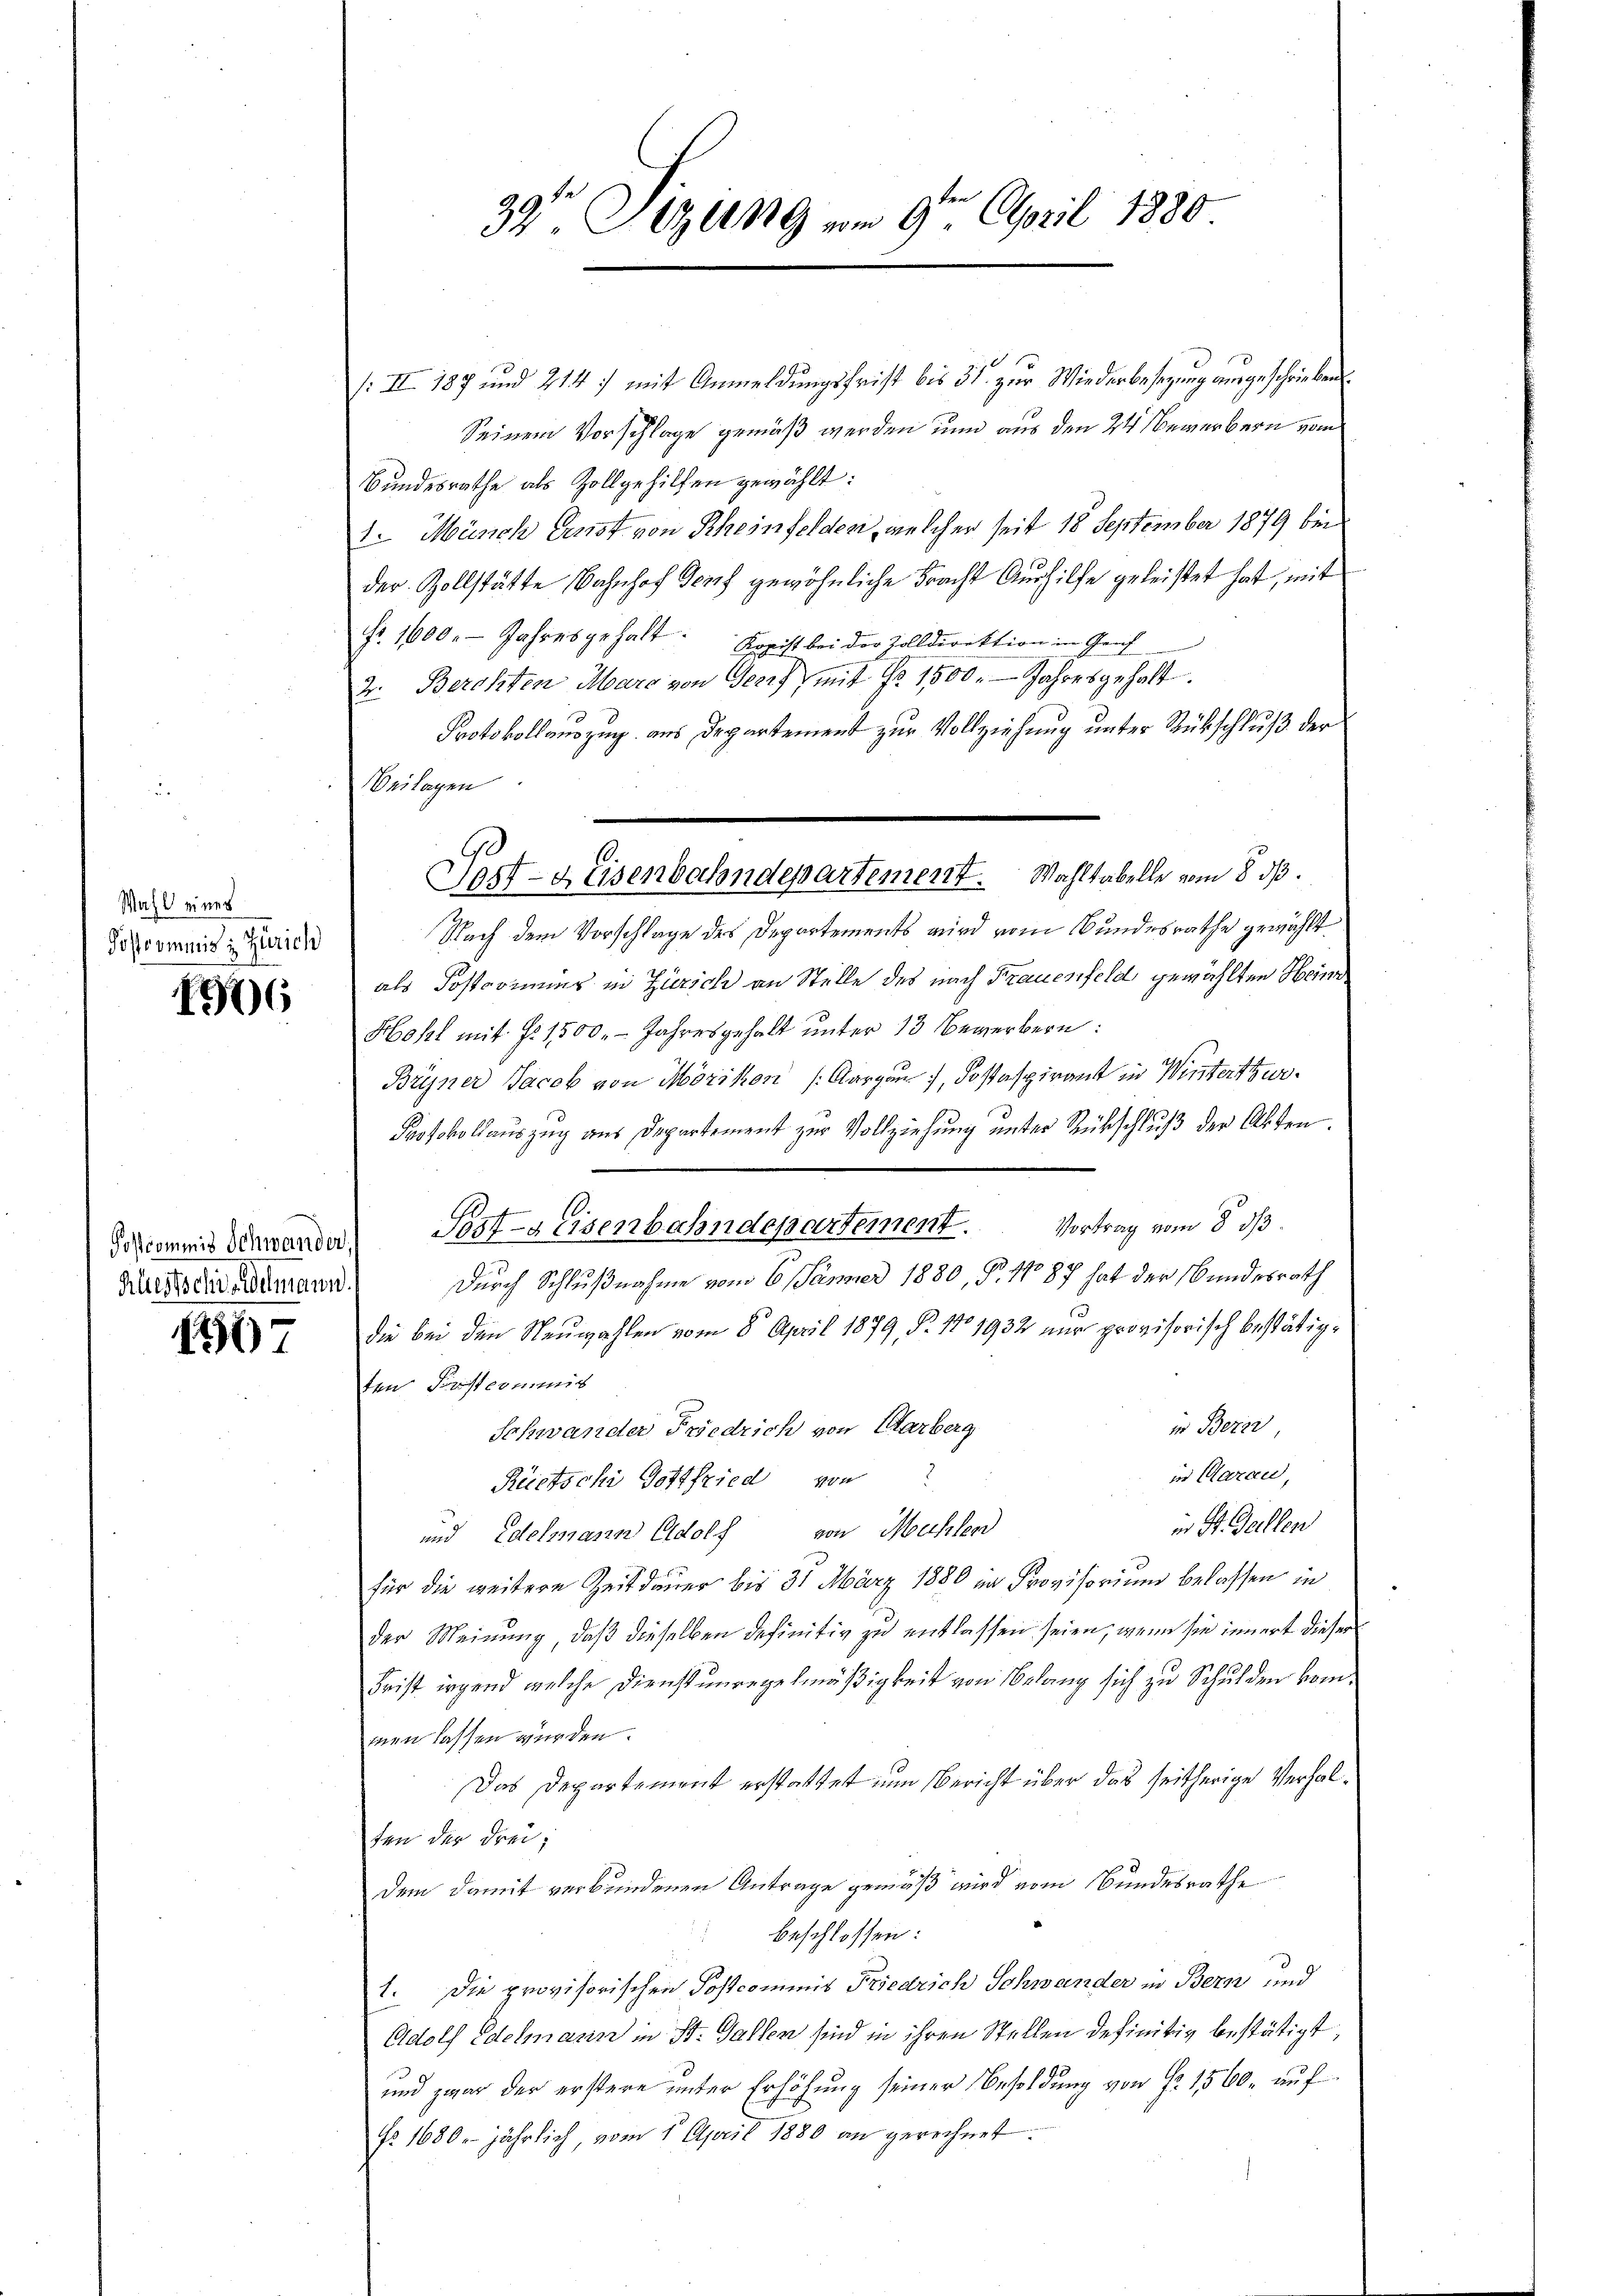
Wahl eines
Postcommis zu Zürich

1906

Klestschiedelmann.

1517

/: III 187 und 214 :/ mit Anmeldungsfrist bis 31. zur Wiederbesetzung ausgeschrieben
Seinem Vorschlage gemäß werden und aus den 24 Bewerbern vom
Bundesrathe als Zollgehilfen gewählt:
1. Münch Ernst von Rheinfelden, welcher seit 18 September 1879 bei
der Zollstätte Bahnhof Genf gewöhnliche Fracht Aushilfe geleistet hat, mit
fr. 1600. Jahresgehalt. Kopist bei der Zolldirektion in Genf
2. Berchten Maro von Gerzf, mit No 1500. Jahresgehalt.
Protokollauszug aus Departement zur Vollziehung unter Rückschluß der
Beilagen.
Nach dem Vorschlage des Departements wird vom Bundesrathe gewählt.
als Postcommer in Zürich an Stelle des nach Frauenfeld gewählten Heinr
Hohl mit §. 1500. - Jahresgehalt unter 13 Bewerbern:
Bryner Jacob von Mörikon (Aargau, Postaspirant in Winterthur¬
Protokollauszug aus Departement zur Vollziehung unter Rückschluß der Akten.
d
Schweres Verwander Post-Eisenbahndepartement. Vortrag vom 8. ds.
Durch Schlußnahme vom 6. Jänner 1880, P. No 87 hat der Bundesrath
die bei den Neuwahlen vom 8. April 1879, §. 171932 nur provisorisch bestätigten Forstcommis
in Berei
Schwander Friedrich von Carberg
in Aarau,
Rüetsche Gottfried von
in St. Gallen
und Edelmann Adolf von Machten
für die weitere Zeitdauer bis 31 März 1880 in Provisorium belassen in
der Meinung, daß dieselben definitiv zu entlassen seien, wenn sie innert dieser
Frist irgend welche Dienstunregelmäßigkeit von Melang sich zu Schulden kommen lassen würden.
Das Departement erstattet nun Bericht über das seitherige Verhalten der drei;
dem damit verbundenen Antrage gemäß wird vom Bundesrathe
beschlossen:
1. Die provisorischen Postcommis Friedrich Schwander in Bern und
Adolf Edelmann in St. Gallen sind in ihren Stellen definitiv bestätigt,
und zwar der erstere unter Erhöhung seiner Besoldung von Fr. 1560. aŭf
No. 1680 jährlich, vom 1. April 1880 an gerechnet.

Post- & Eisenbahndepartement. Wahltabelle vom 8. ds.

39 Sizung vom 9ten April 1880